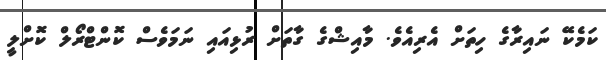
ކަމެކޭ ނައިރާގެ ހިތަށް އެރިއެވެ. މާއިޝްގެ ގާތަށް ރުޅިއައި ނަމަވެސް ކޮންޓްރޯލް ކޮށްލީ